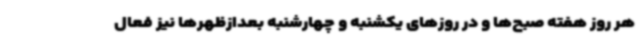
هر روز هفته صبح‌ها و در روزهای یکشنبه و چهارشنبه بعدازظهرها نیز فعال